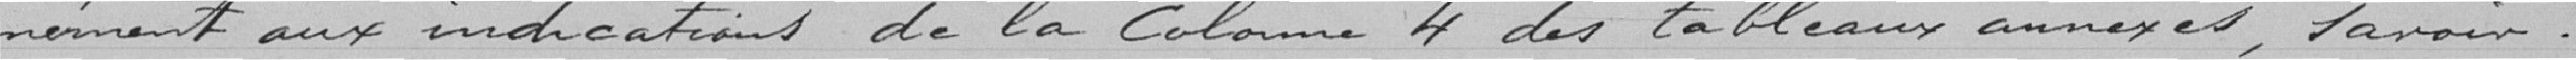
-mément aux indications de la Colonne 4 des tableaux annexés, savoir :